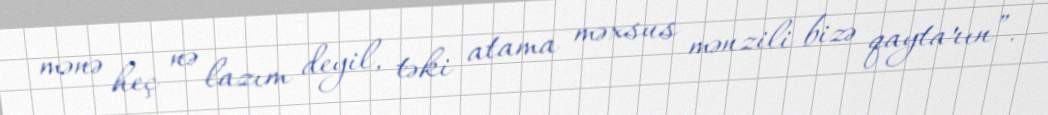
mənə heç nə lazım deyil, təki atama məxsus mənzili bizə qaytarın”.